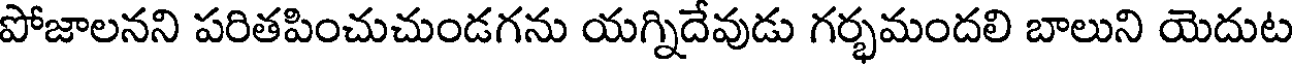
పోజాలనని పరితపించుచుండగను యగ్నిదేవుడు గర్భమందలి బాలుని యెదుట